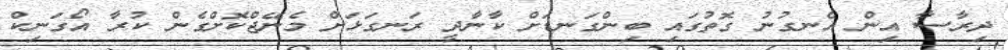
ދިރާސާ އިން އެނގުނު ގޮތުގައި ބިންގަނޑަށް ކާނާދީ ރަނގަޅަށް މެނޭޖްކޮށްގެން ކުރާ އޯގަނިކް